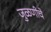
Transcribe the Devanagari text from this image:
जुळणीचे